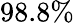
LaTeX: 98.8\%